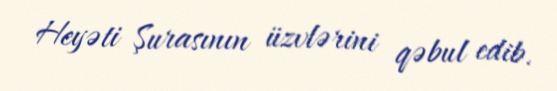
Heyəti Şurasının üzvlərini qəbul edib.